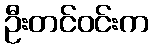
ဦးတင်ဝင်းက